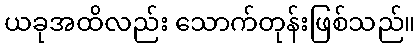
ယခုအထိလည်း သောက်တုန်းဖြစ်သည်။